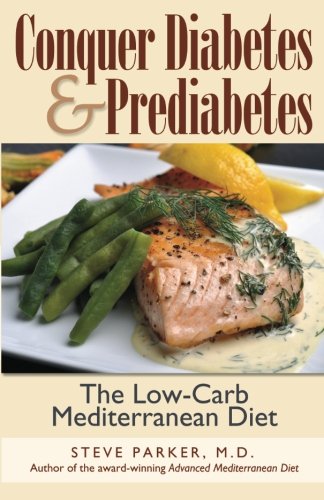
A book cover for Conquer Diabetes and Prediabetes: The Low-Carb Mediterranean Diet; M.D., Steve Parker; Health, Fitness & Dieting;